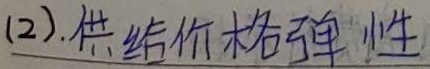
(2).供给价格弹性